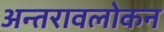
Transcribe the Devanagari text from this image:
अन्तरावलोकन